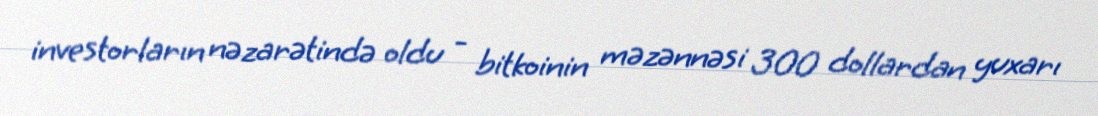
investorların nəzarətində oldu - bitkoinin məzənnəsi 300 dollardan yuxarı